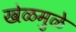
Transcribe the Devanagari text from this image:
खेळमुळे